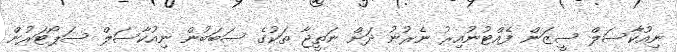
ނިއުކާސަލް ސީޒަން ފެއްޓުނުއިރު ނެރުނު ދަށް ނަތީޖާ ތަކުގެ ސަބަބުން ނިއުކާސަލް ސަޕޯޓަރުން